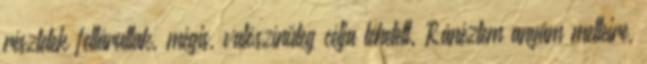
részletek feltárultak, mégis, valószínűleg célja lehetett. Ránéztem anyám melleire,